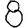
Digit: 8